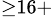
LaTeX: ^{\ge 16+}